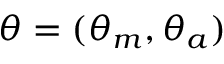
\theta = ( \theta _ { m } , \theta _ { a } )